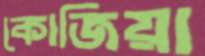
কোজিয়া